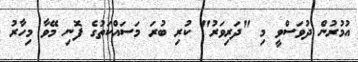
އުމުރުން ދުވަސްވީ މި "ދަރިވަރު" ކުރި ބުރަ މަސައްކަތުގެ ފޮނި މޭވާ މިހާރު